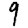
Digit: 9